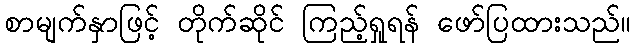
စာမျက်နှာဖြင့် တိုက်ဆိုင် ကြည့်ရှုရန် ဖော်ပြထားသည်။